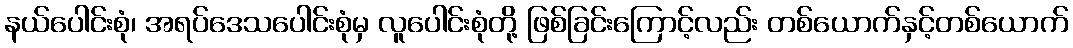
နယ်ပေါင်းစုံ၊ အရပ်ဒေသပေါင်းစုံမှ လူပေါင်းစုံတို့ ဖြစ်ခြင်းကြောင့်လည်း တစ်ယောက်နှင့်တစ်ယောက်